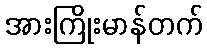
အားကြိုးမာန်တက်